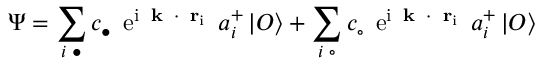
\Psi = \sum _ { i \; \bullet } c _ { \bullet } \mathrm { \Large ~ e ^ { i { \bf ~ k ~ \cdot ~ r } _ { i } } ~ } a _ { i } ^ { + } \left| O \right\rangle + \sum _ { i \; \circ } c _ { \circ } \mathrm { \Large ~ e ^ { i { \bf ~ k ~ \cdot ~ r } _ { i } } ~ } a _ { i } ^ { + } \left| O \right\rangle